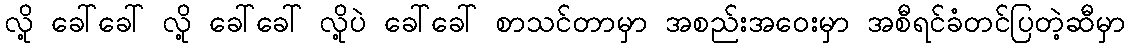
လို့ ခေါ်ခေါ် လို့ ခေါ်ခေါ် လို့ပဲ ခေါ်ခေါ် စာသင်တာမှာ အစည်းအဝေးမှာ အစီရင်ခံတင်ပြတဲ့ဆီမှာ